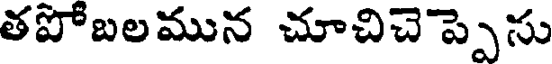
తపోబలమున చూచిచెప్పెసు